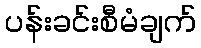
ပန်းခင်းစီမံချက်